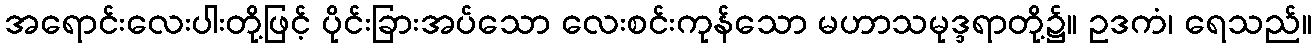
အရောင်းလေးပါးတို့ဖြင့် ပိုင်းခြားအပ်သော လေးစင်းကုန်သော မဟာသမုဒ္ဒရာတို့၌။ ဥဒကံ၊ ရေသည်။